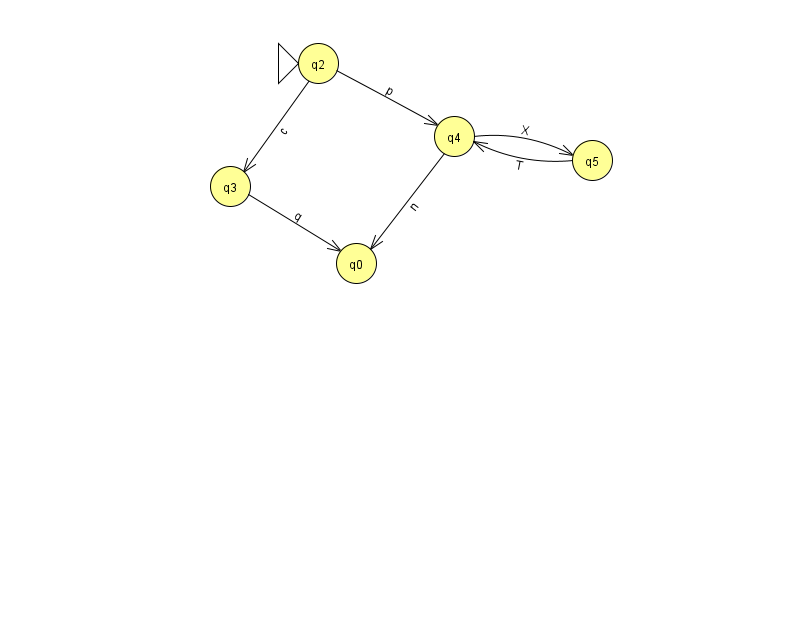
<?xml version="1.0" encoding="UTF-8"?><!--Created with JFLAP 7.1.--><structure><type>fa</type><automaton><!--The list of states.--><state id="0" name="q0"><x>356.0</x><y>250.0</y></state><state id="2" name="q2"><x>318.0</x><y>50.0</y><initial/></state><state id="3" name="q3"><x>230.0</x><y>173.0</y></state><state id="4" name="q4"><x>454.0</x><y>123.0</y></state><state id="5" name="q5"><x>592.0</x><y>147.0</y></state><!--The list of transitions.--><transition><from>3</from><to>0</to><read>q</read></transition><transition><from>5</from><to>4</to><read>T</read></transition><transition><from>2</from><to>3</to><read>c</read></transition><transition><from>4</from><to>0</to><read>n</read></transition><transition><from>4</from><to>5</to><read>X</read></transition><transition><from>2</from><to>4</to><read>p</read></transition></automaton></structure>